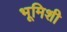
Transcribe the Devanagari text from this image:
भूमिशी